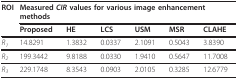
<table><thead><tr><td><b>ROI</b></td><td colspan="6"><b>Measured <i>CIR </i>values for various image enhancement methods</b></td></tr><tr><td></td><td><b>Proposed</b></td><td><b>HE</b></td><td><b>LCS</b></td><td><b>USM</b></td><td><b>MSR</b></td><td><b>CLAHE</b></td></tr></thead><tbody><tr><td><i>R<sub>1</sub></i></td><td>14.8291</td><td>1.3832</td><td>0.0337</td><td>2.1091</td><td>0.5043</td><td>3.8390</td></tr><tr><td><i>R<sub>2</sub></i></td><td>199.3442</td><td>9.8188</td><td>0.0330</td><td>1.9410</td><td>0.5647</td><td>11.7008</td></tr><tr><td><i>R<sub>3</sub></i></td><td>229.1748</td><td>8.3543</td><td>0.0903</td><td>2.0105</td><td>0.3285</td><td>12.6779</td></tr></tbody></table>